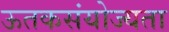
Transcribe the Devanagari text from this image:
ऊतकसंयोज्यता